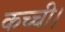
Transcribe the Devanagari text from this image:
कच्ची।